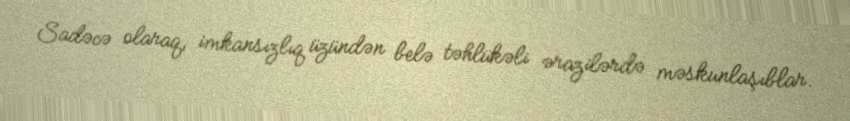
Sadəcə olaraq, imkansızlıq üzündən belə təhlükəli ərazilərdə məskunlaşıblar.